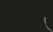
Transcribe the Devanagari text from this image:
कषायान्वितम्